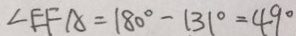
\angle E F A = 1 8 0 ^ { \circ } - 1 3 1 ^ { \circ } = 4 9 ^ { \circ }